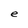
Character: e